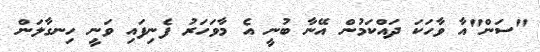
"ސަން"އާ ވާހަކަ ދައްކަމުން އޭނާ ބުނީ އެ މާވަހަރު ފެނިފައި ވަނީ ހިނގާލަން